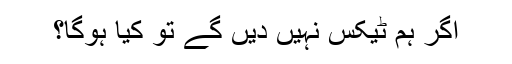
اگر ہم ٹیکس نہیں دیں گے تو کیا ہوگا؟